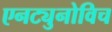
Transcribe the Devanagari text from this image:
एनट्युनोविच